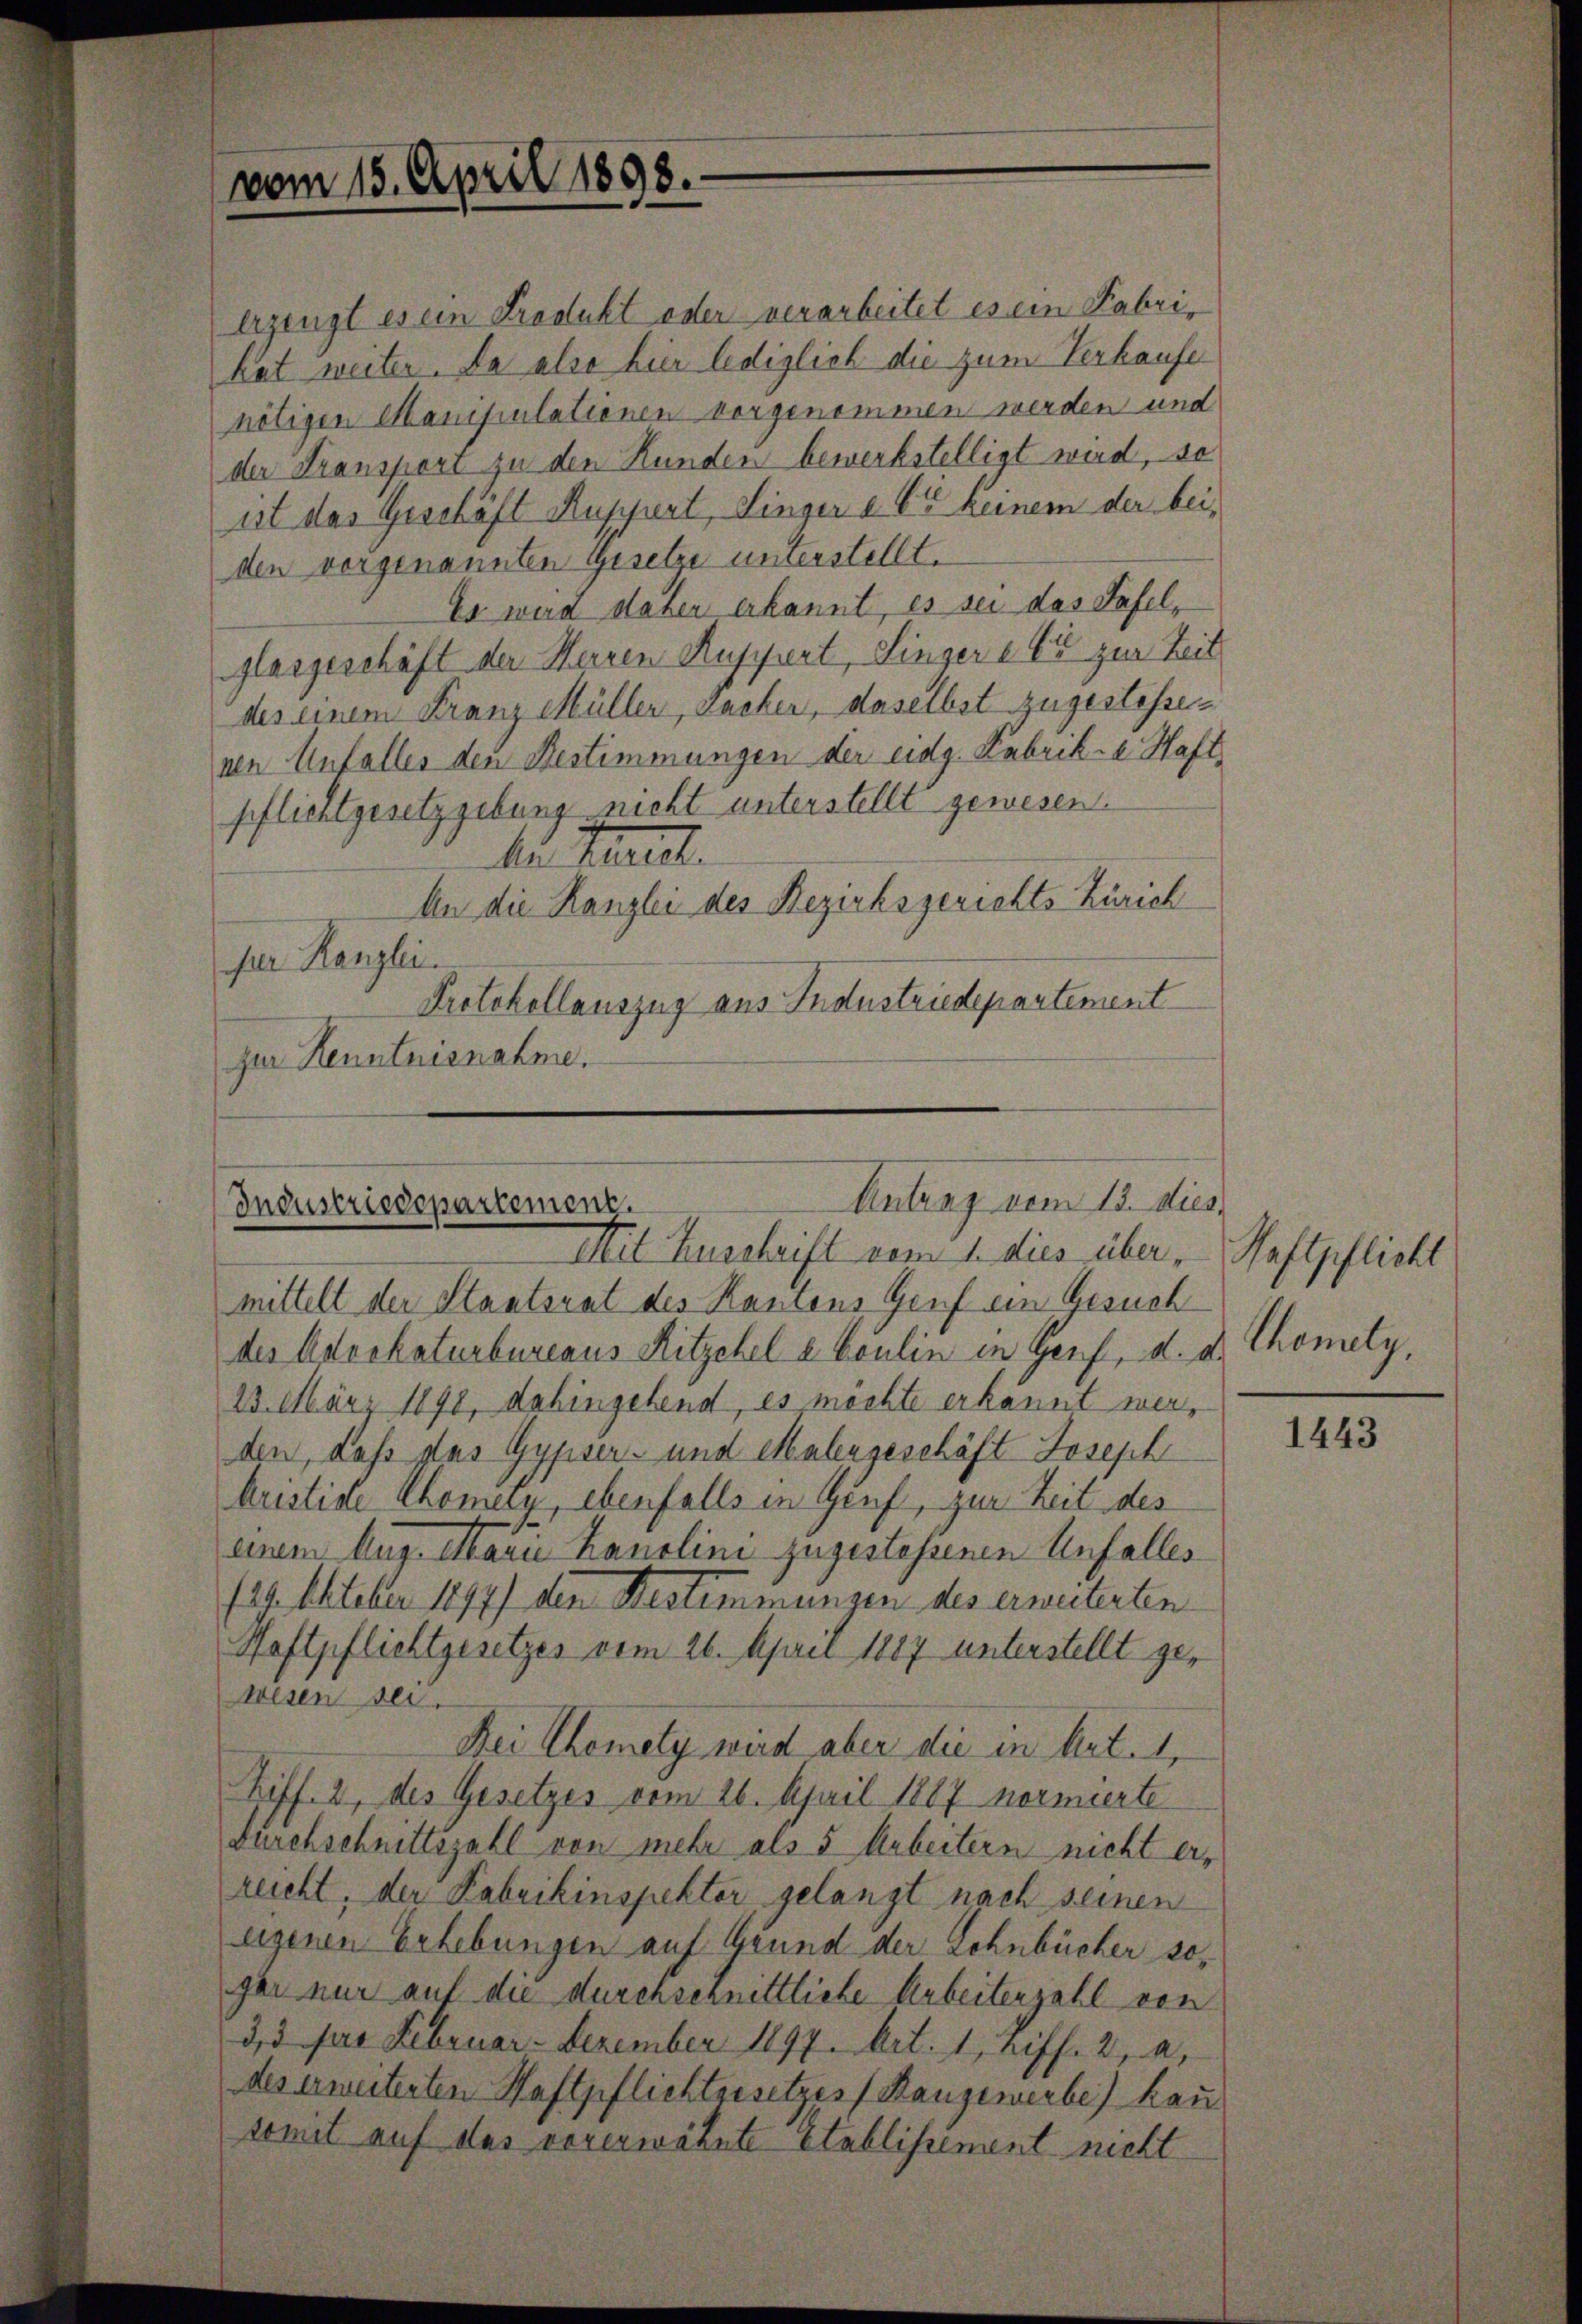
vom 15. April 1898.

erzeugt es ein Produkt oder verarbeitet es ein Fabri-
hat weiter. Da also hier lediglich die zum Verkaufe
nötigen Manipulationen vorgenommen werden und
der Transpori zu den Hunden bewerkstelligt wird, so
ist das Geschäft Ruppert, Singer a 6 keinem der beiden vorgenannten Gesetze unterstellt.
Es wird daher erkannt, es sei das Haselglasgeschäft der Herren Ruppiert, Linger er zur Zeit
des einem Franz Müller, Sacher, daselbst zugestehen,
nen Unfalles den Bestimmungen der eidg. Fabrika Haft
pflichtgesetzgebung nicht unterstellt gewesen.
de Mart.
An die Kanzlei des Bezirksgerichts Zürich
per Kanzlei.
Protokollauszug aus Industriedepartement
zur Kenntnisnahme.

Antrag vom 13. dies
Industriedepartement.
Mit Zuschrift vom 1. dies über, Haftpflicht

mittelt der Staatsrat des Kantons Genf ein Gesuch
des Adeckaturbureaus Ritzchel e. Coulin in Genf, d. d.
23. März 1890, dahingehend, es möchte erkannt werden, daß das Gypser- und Malergeschäft Joseph
brististe Chomerz, ebenfalls in Genf, zur Zeit des
einem Aug. Marie Kanolini zugestehenen Unfalles
129. Oktober 1897) den Restimmungen des erweiterten
Haftpflichtgesetzes vom 26. April 1887 unterstellt gewesen sei.
Dei Remely wird aber die in Art. 1,
Ziff. 2, des Gesetzes vom 26. April 1887 normierte
Durchschnittszahl von mehr als 5 Arbeitern nicht erreicht, der Fabrikinspektor gelangt nach seinen
eigenen Erhebungen auf Grund der Lohnbücher sogar nur auf die durchsernittliche Arbeitenzahl von
3,3 pro Februar. Dezember 1897. Art. 1, riff. 2, a,
des erweiterten Haftpflichtgesetzes (Bangewerbe) kau
somit auf des vorerwähnte Etablissement nicht

Mametz,

1443